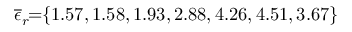
\! \! \! \! \! \! \! \! \! \! \! \! \! \! \! \! \! \! \overline { { \epsilon } } _ { r } \! \! = \! \! \{ 1 . 5 7 , 1 . 5 8 , 1 . 9 3 , 2 . 8 8 , 4 . 2 6 , 4 . 5 1 , 3 . 6 7 \} \! \! \!